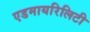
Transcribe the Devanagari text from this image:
एडमायरिलिटी